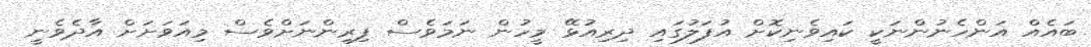
ބައެއް އަންހެނުންނަކީ ކައިވެނިކޮށް އުފަލުގައި ދިރިއުޅޭ މީހުން ނަމަވެސް ފިރިންނަށްވެސް މިއަވަށަށް އާދެވެނީ